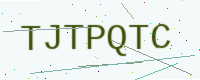
Text: TJTPQTC